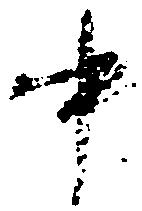
中